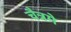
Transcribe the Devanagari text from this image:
चैत्रमे